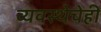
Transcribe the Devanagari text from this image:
व्यवस्थेचेही